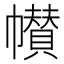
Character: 𱜺